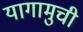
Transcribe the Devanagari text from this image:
यागामुची